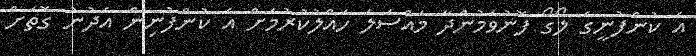
އެ ކުންފުނީގެ ލޯގޯ ފޮނުވަމުންދާ މައްސަލަ ހައްލުކުރުމަށް އެ ކުންފުނިން އެދުނު ގޮތަށް